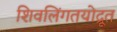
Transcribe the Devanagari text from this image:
शिवलिंगतयोद्रूत